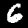
Label: 6